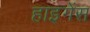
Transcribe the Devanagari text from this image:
हाइगेंस